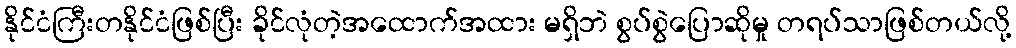
နိုင်ငံကြီးတနိုင်ငံဖြစ်ပြီး ခိုင်လုံတဲ့အထောက်အထား မရှိဘဲ စွပ်စွဲပြောဆိုမှု တရပ်သာဖြစ်တယ်လို့